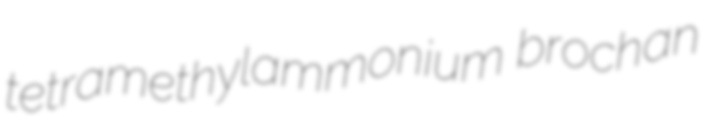
tetramethylammonium brochan